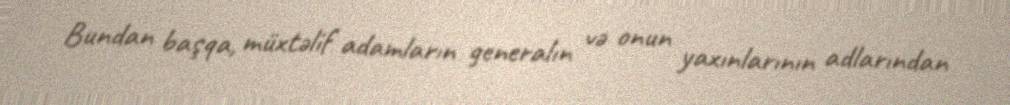
Bundan başqa, müxtəlif adamların generalın və onun yaxınlarının adlarından